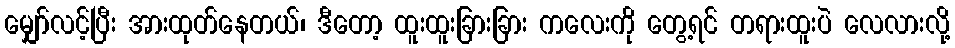
မျှော်လင့်ပြီး အားထုတ်နေတယ်၊ ဒီတော့ ထူးထူးခြားခြား ကလေးကို တွေ့ရင် တရားထူးပဲ လေလားလို့